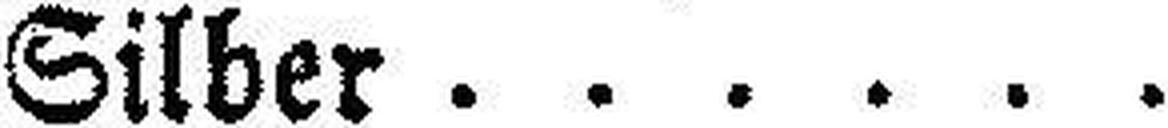
Silber